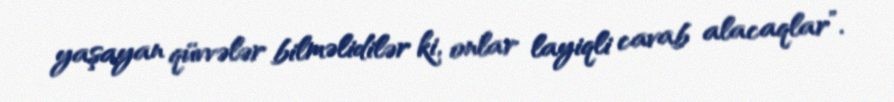
yaşayan qüvvələr bilməlidilər ki, onlar layiqli cavab alacaqlar”.